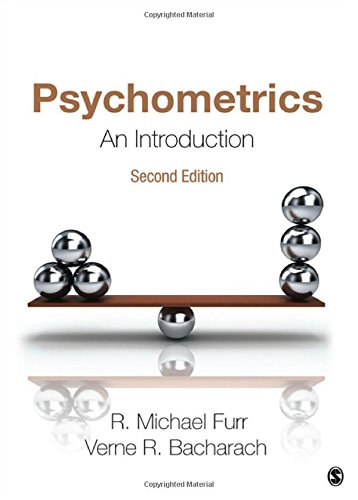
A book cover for Psychometrics: An Introduction; R. Michael Furr; Medical Books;